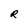
Character: R